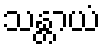
သန္တာယံ